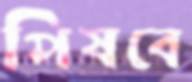
পিষবে